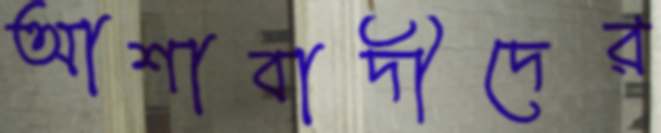
আশাবাদীদের